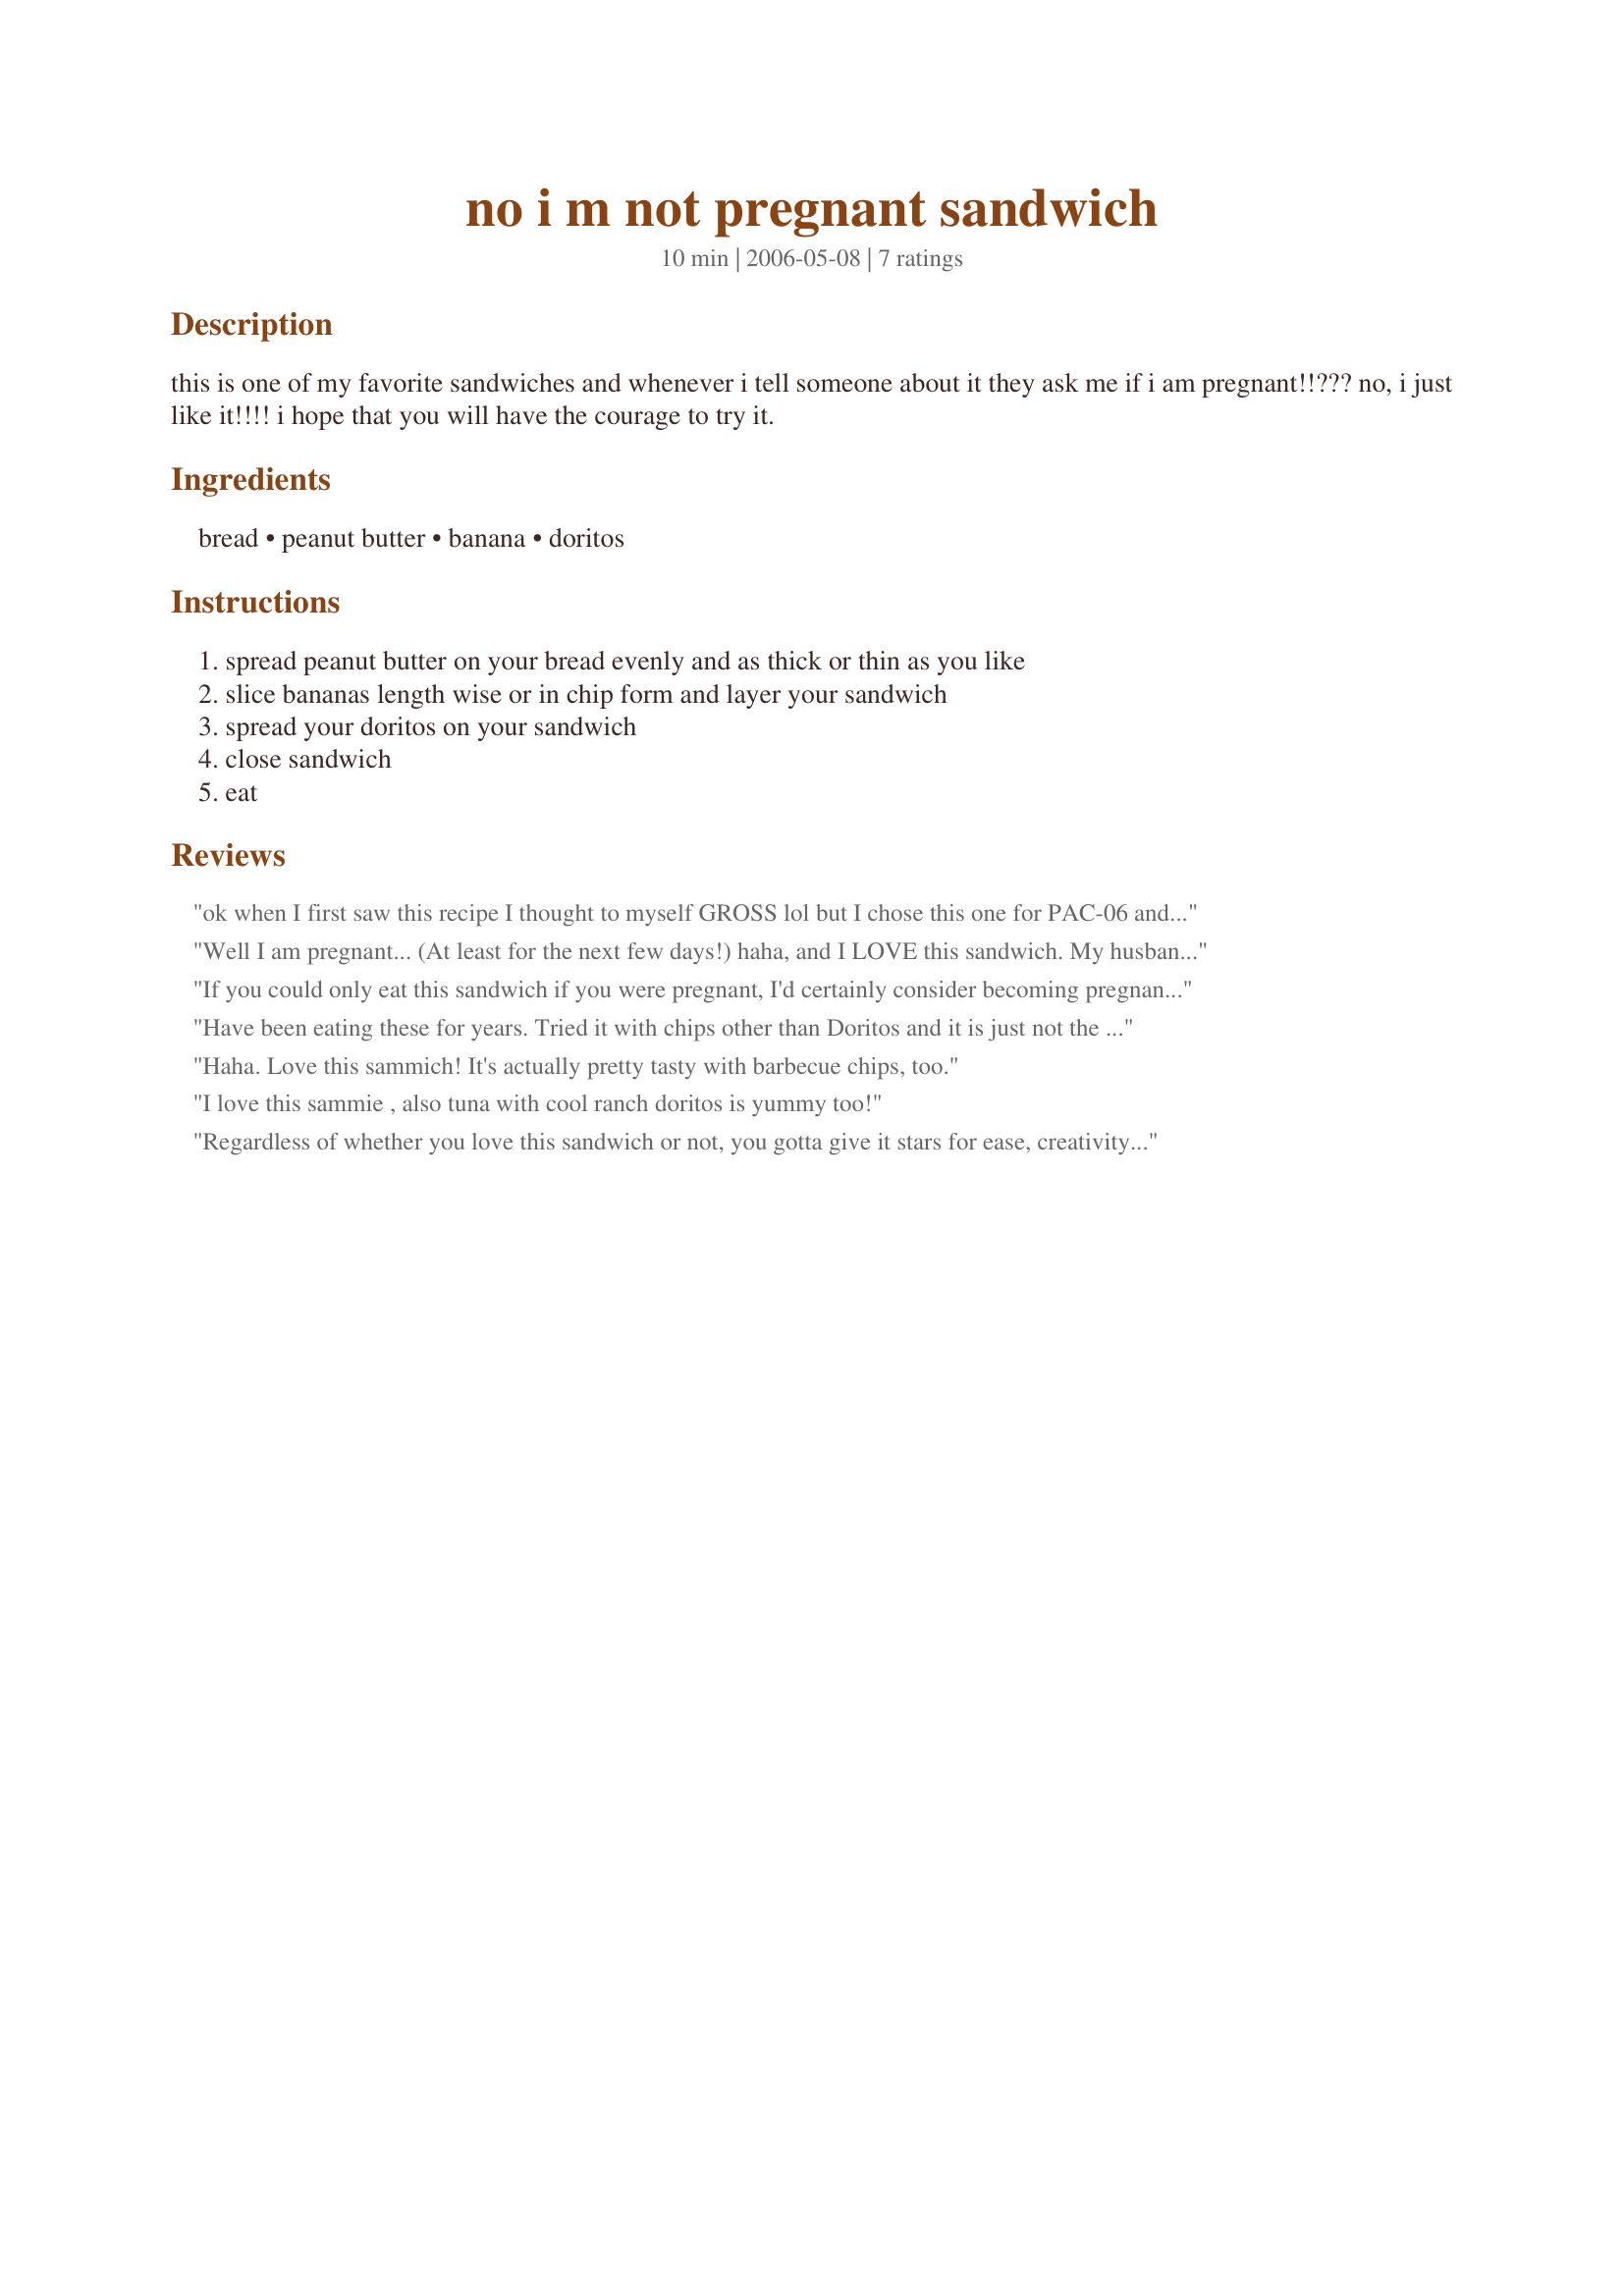
no i m not pregnant sandwich
Preparation time: 10 minutes

this is one of my favorite sandwiches and whenever i tell someone about it they ask me if i am pregnant!!??? no, i just like it!!!! i hope that you will have the courage to try it.

Ingredients:
bread, peanut butter, banana, doritos

Steps:
spread peanut butter on your bread evenly and as thick or thin as you like, slice bananas length wise or in chip form and layer your sandwich, spread your doritos on your sandwich, close sandwich, eat

Reviews:
ok when I first saw this recipe I thought to myself GROSS lol but I chose this one for PAC-06 and made it (no I am not pregnant) but DD is :) very unusal sandwich but also tasty ! I may even make this again.
Well I am pregnant... (At least for the next few days!) haha, and I LOVE this sandwich. My husband won't even try it but that's okay, he doesn't know how much he's missing out. :-D Thanks for posting this, it was great for when I was craving that "something".. but couldn't figure out what "something" was. :-D
If you could only eat this sandwich if you were pregnant, I'd certainly consider becoming pregnant. My DH loves it. I'm not a fan of bananas, but I love this sandwich.
Have been eating these for years. Tried it with chips other than Doritos and it is just not the same.
Haha. Love this sammich! It's actually pretty tasty with barbecue chips, too.
I love this sammie , also tuna with cool ranch doritos is yummy too!
Regardless of whether you love this sandwich or not, you gotta give it stars for ease, creativity, combination of ingredients and ability to start a conversation!! DH loved it...I liked it, but next time will try ridged potato chips instead of doritos, just a personal preference..Also..I thought it would be smart to put peanut butter on both pieces of bread to hold the banana and doritos in place...but ended up with toooo much peanut butter...it overwhelmed the subtle nacho cheese flavor of the Doritos...next time (and there will be a next time) I will only put peanut butter on one side. C. in Hope you are the best!! Thanks for a really fun recipe!!
